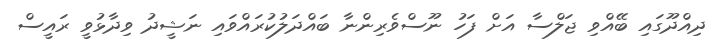
ދިއްދޫގައި ބޭއްވި ޖަލްސާ އަށް ފަހު ނޫސްވެރިންނާ ބައްދަލުކުރައްވައި ނަޝީދު ވިދާޅުވީ ރައީސް